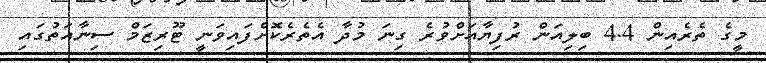
މީގެ ތެރެއިން 4.4 ބިލިއަން ރުފިޔާއަށްވުރެ ގިނަ މުދާ އެތެރެކޮށްފައިވަނީ ޓޫރިޒަމް ސިނާއަތުގައި